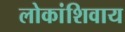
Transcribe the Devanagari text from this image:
लोकांशिवाय